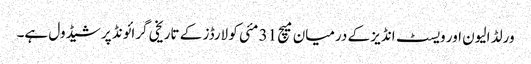
ورلڈ الیون اور ویسٹ انڈیز کے درمیان میچ 31 مئی کو لارڈز کے تاریخی گرائونڈ پر شیڈول ہے۔